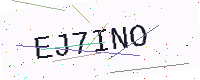
Text: EJ7INO